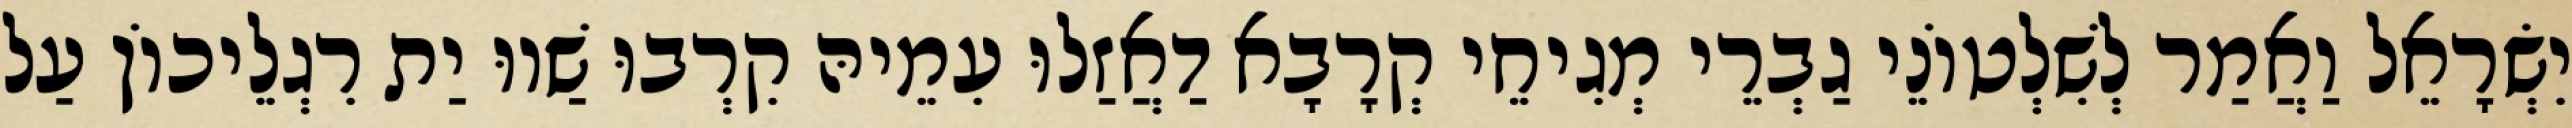
יִשְׂרָאֵל וַאֲמַר לְשִׁלְטוֹנֵי גַבְרֵי מְגִיחֵי קְרָבָא דַאֲזַלוּ עִמֵיהּ קִרְבוּ שַׁווּ יַת רִגְלֵיכוֹן עַל